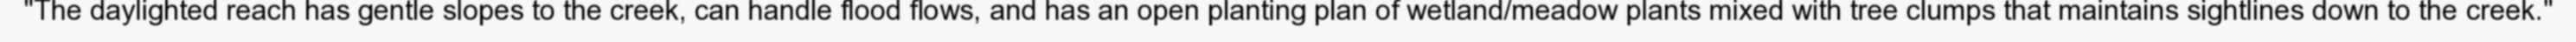
"The daylighted reach has gentle slopes to the creek, can handle flood flows, and has an open planting plan of wetland/meadow plants mixed with tree clumps that maintains sightlines down to the creek."